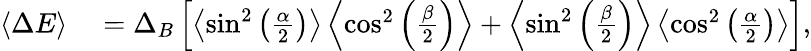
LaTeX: \begin{array}{rl}{\left\langle{\Delta E}\right\rangle}&{{}=\Delta_{B}\left[\left\langle{\sin^{2}\left(\frac{\alpha}{2}\right)}\right\rangle\left\langle{\cos^{2}\left(\frac{\beta}{2}\right)}\right\rangle+\left\langle{\sin^{2}\left(\frac{\beta}{2}\right)}\right\rangle\left\langle{\cos^{2}\left(\frac{\alpha}{2}\right)}\right\rangle\right],}\end{array}